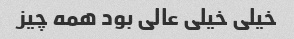
خیلی خیلی عالی بود همه چیز